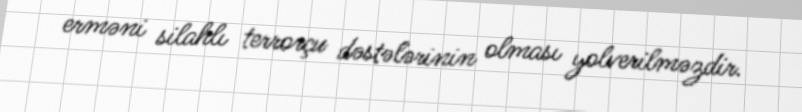
erməni silahlı terrorçu dəstələrinin olması yolverilməzdir.